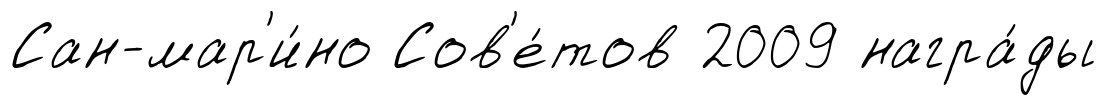
Сан-мар'и́но Сов'е́тов 2009 награ́ды